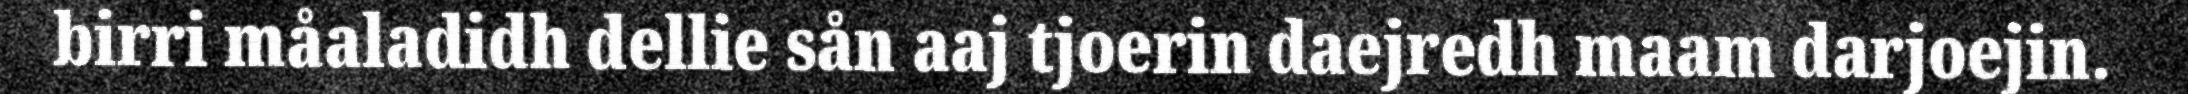
birri måaladidh dellie sån aaj tjoerin daejredh maam darjoejin.